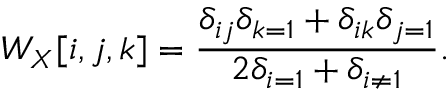
W _ { X } [ i , j , k ] = \frac { \delta _ { i j } \delta _ { k = 1 } + \delta _ { i k } \delta _ { j = 1 } } { 2 \delta _ { i = 1 } + \delta _ { i \neq 1 } } .